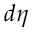
d \eta